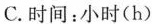
C.时间：小时(h)